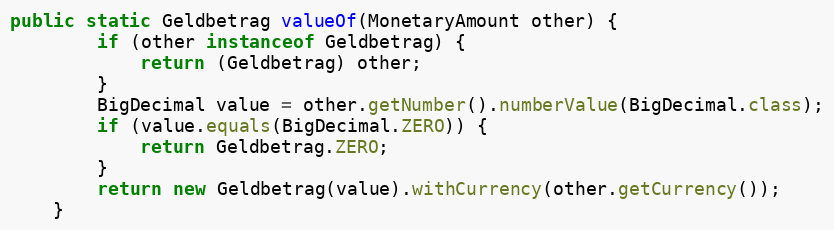
Language: Java
public static Geldbetrag valueOf(MonetaryAmount other) {
        if (other instanceof Geldbetrag) {
            return (Geldbetrag) other;
        }
        BigDecimal value = other.getNumber().numberValue(BigDecimal.class);
        if (value.equals(BigDecimal.ZERO)) {
            return Geldbetrag.ZERO;
        }
        return new Geldbetrag(value).withCurrency(other.getCurrency());
    }